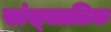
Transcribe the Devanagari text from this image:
सांस्र्क्ततिक